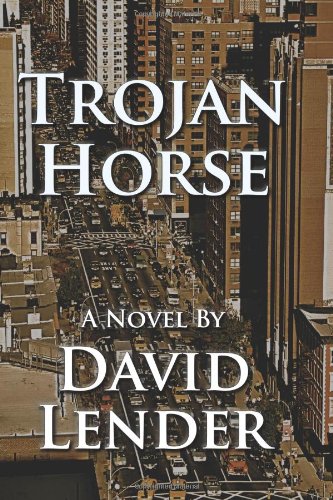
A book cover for Trojan Horse (A Sasha Del Mira Thriller); David Lender; Mystery, Thriller & Suspense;